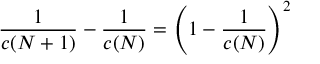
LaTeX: { \frac { 1 } { c ( N + 1 ) } } - { \frac { 1 } { c ( N ) } } = \left( 1 - { \frac { 1 } { c ( N ) } } \right) ^ { 2 } \,